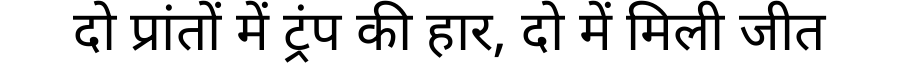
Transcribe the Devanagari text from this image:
दो प्रांतों में ट्रंप की हार, दो में मिली जीत